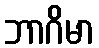
ဘာဂိမာ